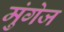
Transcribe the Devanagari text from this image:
मुंगेज